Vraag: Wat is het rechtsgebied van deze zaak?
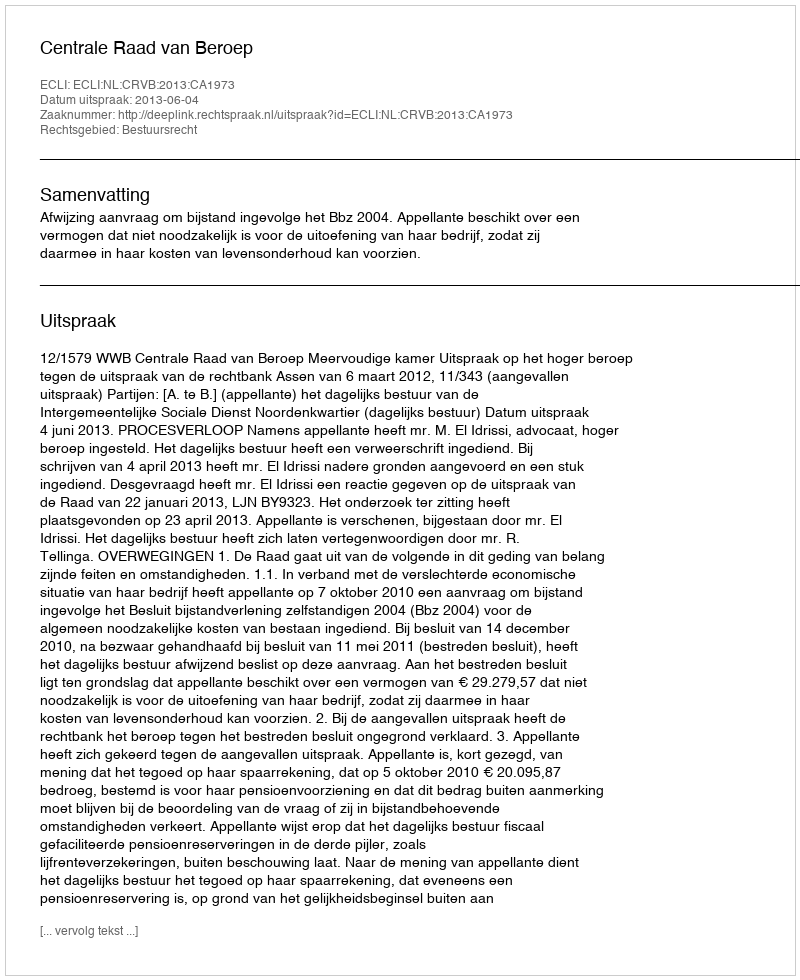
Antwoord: Bestuursrecht